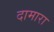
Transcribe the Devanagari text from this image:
दामारा